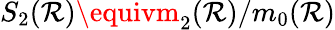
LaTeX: S_{2}(\mathcal{R})\equivm_{2}(\mathcal{R})/m_{0}(\mathcal{R})